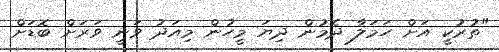
"ތުރުކީ އަށް ހަމަލާ ދެމުން ދިޔަ މީހުން މިއަދު ވަނީ ވަރަށް ބޮޑަށް